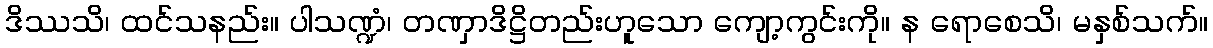
ဒိဿသိ၊ ထင်သနည်း။ ပါသဏ္ဍံ၊ တဏှာဒိဋ္ဌိတည်းဟူသော ကျော့ကွင်းကို။ န ရောစေသိ၊ မနှစ်သက်။